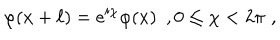
LaTeX: \quad \varphi ( x + \ell ) = e ^ { i \chi } \varphi ( x ) \, \, \, , 0 \leq \chi < 2 \pi \, \, ,